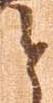
と